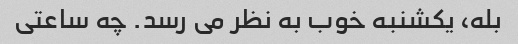
بله، یکشنبه خوب به نظر می رسد. چه ساعتی